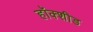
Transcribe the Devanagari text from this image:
हॉक्शीड